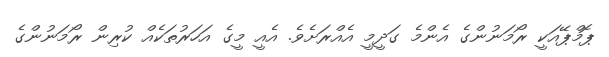
ޕޮމްޕޭއަކީ ރޯމަނުންގެ އެންމެ ގަދީމީ އެއްރަށެވެ. އެއީ މީގެ އަހަރުތަކެއް ކުރިން ރޯމަނުންގެ